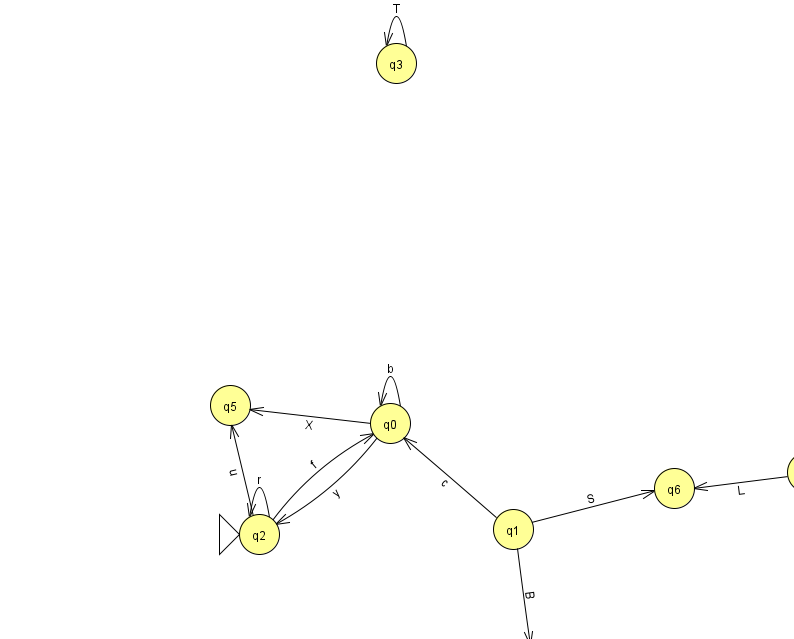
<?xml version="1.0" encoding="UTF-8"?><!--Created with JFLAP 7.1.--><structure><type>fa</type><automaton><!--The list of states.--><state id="0" name="q0"><x>390.0</x><y>410.0</y></state><state id="1" name="q1"><x>513.0</x><y>516.0</y></state><state id="2" name="q2"><x>259.0</x><y>521.0</y><initial/></state><state id="3" name="q3"><x>396.0</x><y>50.0</y></state><state id="4" name="q4"><x>807.0</x><y>459.0</y></state><state id="5" name="q5"><x>230.0</x><y>392.0</y></state><state id="6" name="q6"><x>674.0</x><y>475.0</y></state><state id="7" name="q7"><x>530.0</x><y>651.0</y><final/></state><!--The list of transitions.--><transition><from>0</from><to>0</to><read>b</read></transition><transition><from>2</from><to>2</to><read>r</read></transition><transition><from>3</from><to>3</to><read>T</read></transition><transition><from>0</from><to>2</to><read>y</read></transition><transition><from>1</from><to>7</to><read>B</read></transition><transition><from>1</from><to>0</to><read>c</read></transition><transition><from>2</from><to>0</to><read>f</read></transition><transition><from>1</from><to>6</to><read>S</read></transition><transition><from>0</from><to>5</to><read>X</read></transition><transition><from>4</from><to>6</to><read>L</read></transition><transition><from>2</from><to>5</to><read>u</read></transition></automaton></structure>